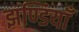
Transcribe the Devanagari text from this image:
झण्डियाँ